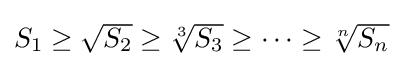
{\textstyle S_{1}\geq {\sqrt {S_{2}}}\geq {\sqrt[{3}]{S_{3}}}\geq \cdots \geq {\sqrt[{n}]{S_{n}}}}